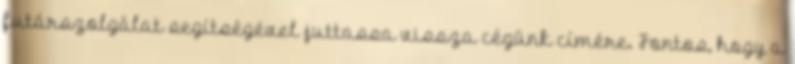
futárszolgálat segítségével juttassa vissza cégünk címére. Fontos, hogy a